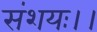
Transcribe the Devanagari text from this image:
संशयः।।